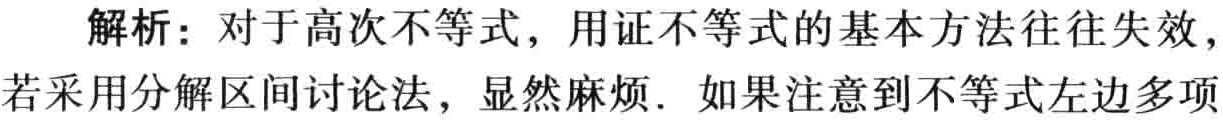
解析：对于高次不等式，用证不等式的基本方法往往失效，若采用分解区间讨论法，显然麻烦. 如果注意到不等式左边多项